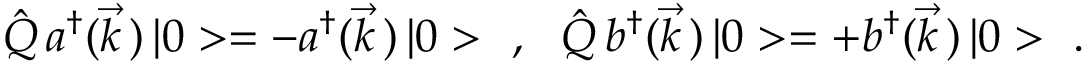
\hat { Q } \, a ^ { \dagger } ( \vec { k } \, ) \, | 0 > = - a ^ { \dagger } ( \vec { k } \, ) \, | 0 > \ \ , \ \ \hat { Q } \, b ^ { \dagger } ( \vec { k } \, ) \, | 0 > = + b ^ { \dagger } ( \vec { k } \, ) \, | 0 > \ .